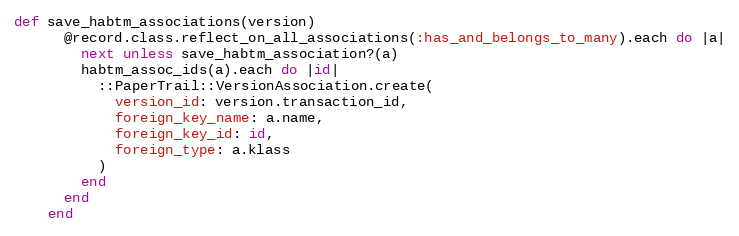
Language: Ruby
def save_habtm_associations(version)
      @record.class.reflect_on_all_associations(:has_and_belongs_to_many).each do |a|
        next unless save_habtm_association?(a)
        habtm_assoc_ids(a).each do |id|
          ::PaperTrail::VersionAssociation.create(
            version_id: version.transaction_id,
            foreign_key_name: a.name,
            foreign_key_id: id,
            foreign_type: a.klass
          )
        end
      end
    end